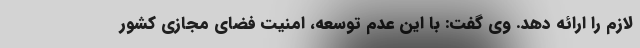
لازم را ارائه دهد. وی گفت: با این عدم توسعه، امنیت فضای مجازی کشور